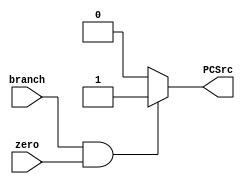
`timescale 1ns / 1ps
//////////////////////////////////////////////////////////////////////////////////
// Company: 
// Engineer: 
// 
// Design Name: 
// Module Name: Branch
// Project Name: 
// Target Devices: 
// Tool Versions: 
// Description: 
// 
// Dependencies: 
// 
// Revision:
// Revision 0.01 - File Created
// Additional Comments:
// 
//////////////////////////////////////////////////////////////////////////////////


module Branch(branch, zero, PCSrc);
    input branch, zero;
    output reg PCSrc;
    
    always @(*) begin
        if(branch == 1 && zero == 1) begin
            PCSrc <= 1;
        end
        else begin
            PCSrc <= 0; 
        end
    end
endmodule